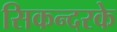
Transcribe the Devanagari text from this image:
सिकन्दरके